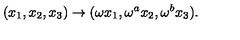
( x _ { 1 } , x _ { 2 } , x _ { 3 } ) \rightarrow ( \omega x _ { 1 } , \omega ^ { a } x _ { 2 } , \omega ^ { b } x _ { 3 } ) .